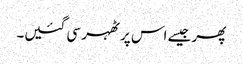
پھر جیسے اس پر ٹھہر سی گئیں۔